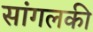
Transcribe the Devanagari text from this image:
सांगलकी